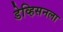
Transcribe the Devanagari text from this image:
डेव्हिसनला